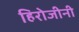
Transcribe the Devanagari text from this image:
हिरोजीनी